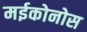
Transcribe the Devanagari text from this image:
मईकोनोस